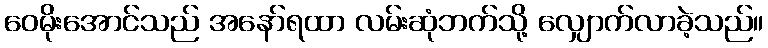
ဝေမိုးအောင်သည် အနော်ရထာ လမ်းဆုံဘက်သို့ လျှောက်လာခဲ့သည်။